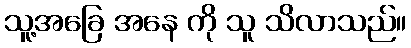
သူ့အခြေ အနေ ကို သူ သိလာသည်။